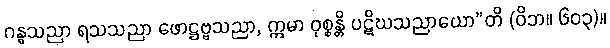
ဂန္ဓသညာ ရသသညာ ဖောဋ္ဌဗ္ဗသညာ, ဣမာ ဝုစ္စန္တိ ပဋိဃသညာယော”တိ (ဝိဘ။ ၆၀၃)။